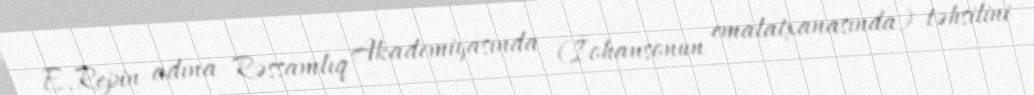
E.Repin adına Rəssamlıq Akademiyasında (İohansonun emalatxanasında) təhsilini